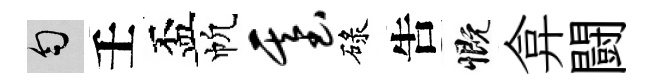
匀壬盃帆基碌吿慨弇闘